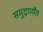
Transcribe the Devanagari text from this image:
समुद्रपर्यंत